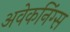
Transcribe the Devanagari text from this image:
अवेकनिंग्स